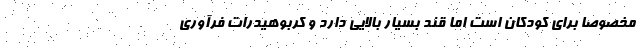
مخصوصاً برای کودکان است اما قند بسیار بالایی دارد و کربوهیدرات فرآوری